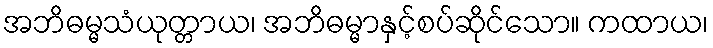
အဘိဓမ္မသံယုတ္တာယ၊ အဘိဓမ္မာနှင့်စပ်ဆိုင်သော။ ကထာယ၊